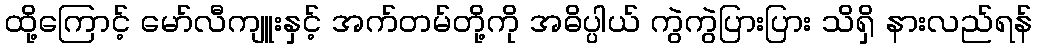
ထို့ကြောင့် မော်လီကျူးနှင့် အက်တမ်တို့ကို အဓိပ္ပါယ် ကွဲကွဲပြားပြား သိရှိ နားလည်ရန်